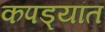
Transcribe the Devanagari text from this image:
कपड्यांत